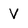
Character: V